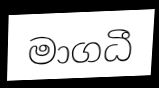
මාගධී